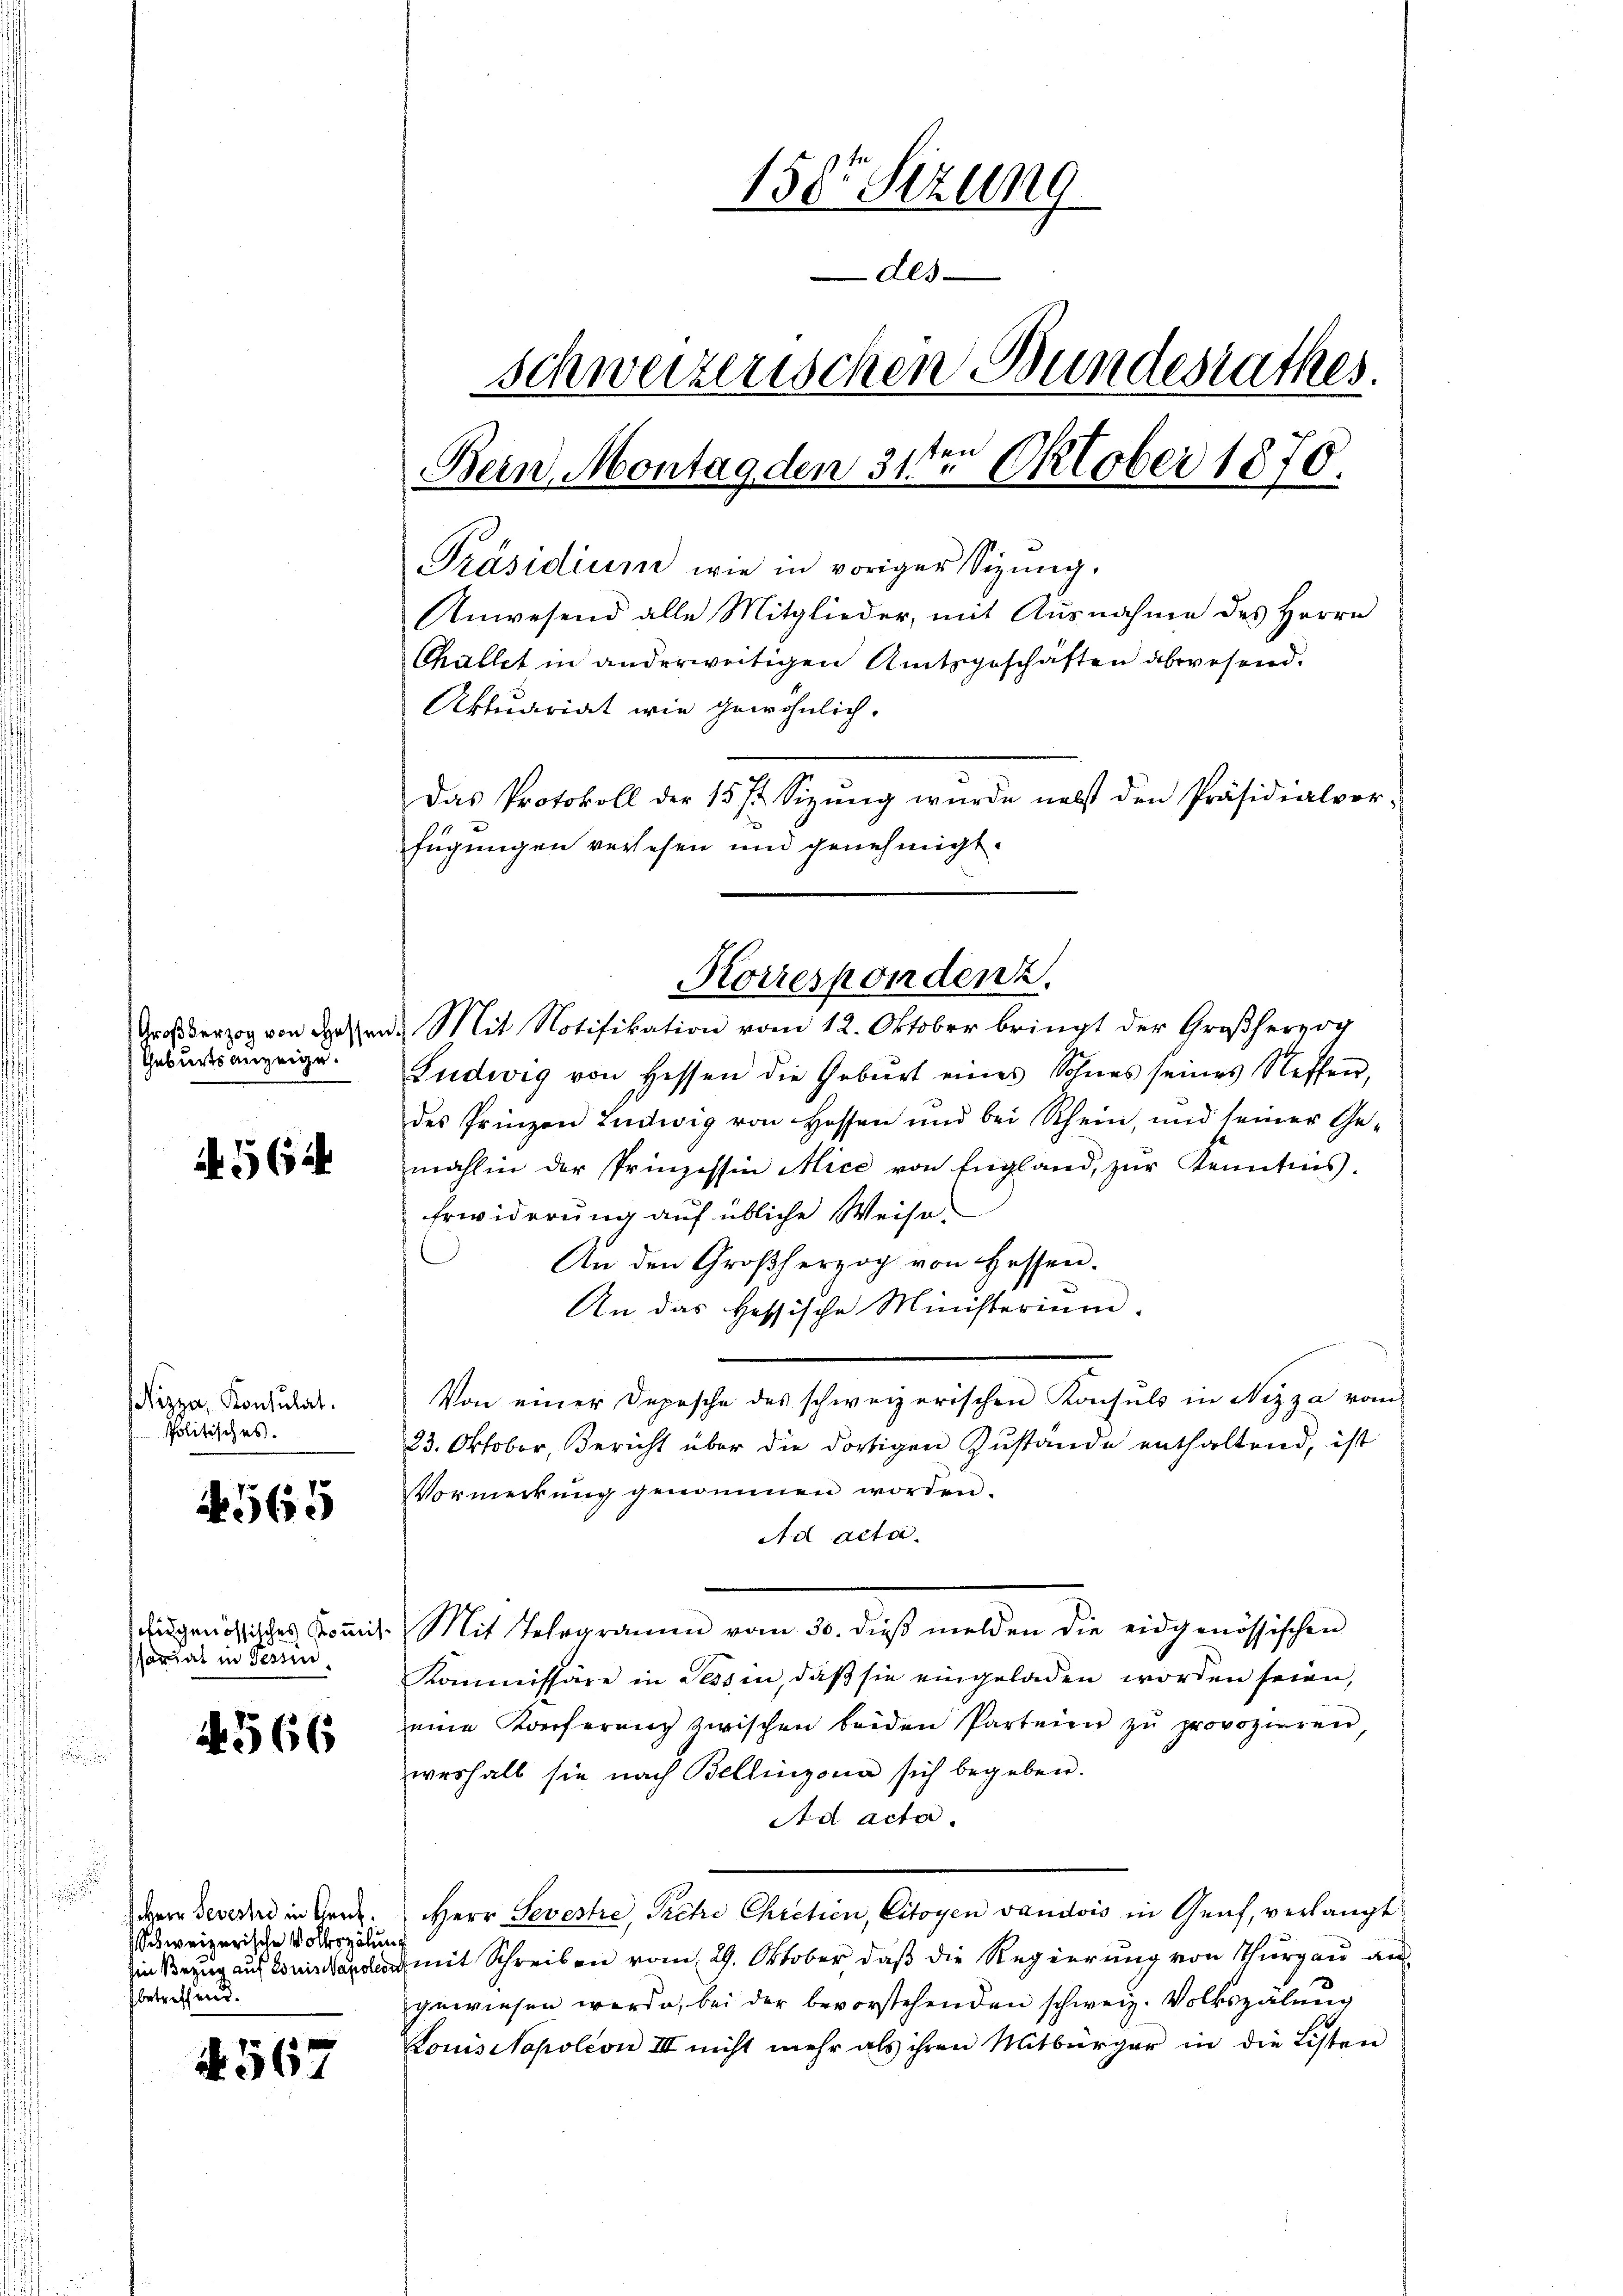
Geburtsanzeige.

A. 564

izza, Konsulat.
Politisches.

N 565

sfidgenössisches Kommisssariat in Tessin

4566

Herr Devestre in Genf.
Schweizerische Volkszählung
betreffend.

§ 567

150t Setzung
des
schweizerischen Bundesrathes.
Bein, Montag den 31te͇n Oktober 1870.
Präsidium wie in voriger Sizung.
Anwesend alle Mitglieder, mit Ausnahme des Herrn
Challet in anderweitigen Amtsgeschäften abwesend.
Aktuariat wie gewöhnlich.
Das Protokoll der 15 1/2 Sizŭng wurde nebst den Präsidialver-
fügungen verlesen und genehmigt.

Korrespondenz.
Großherzog von deßene Mit Notifikation vom 12. Oktober bringt der Großherzog

Ludwig von Hessen die Geburt eines Sohnes seines Neffen,
des Prinzen Ludwig von Hoffen und bei Schein, und seiner Ge-
mahlin der Prinzessin Alice von England, zur Kenntnis.
Erwiderung auf übliche Weise
An den Großherzog von Hessen.
An das Hessische Ministerium,
Von einer Depesche des schweizerischen Konsuls in Nizza vom
23. Oktober, Bericht über die dortigen Zustände enthaltend, ist
Vormerkŭng genommen worden.
Ad acta.
Mit Telegramen vom 30. dieβ melden die eidgenössischen
Kommissäre in Tessin, daβ sie eingeladen worden seien,
seine Konferenz zwischen beiden Parteien zu provozieren,
weshalb sie nach Bellinzona sich begeben.
Ad acta.
Herr Sevestre, Pretri Chretien, citoyen vaudois in Genf, verlangt
in Bezug auf einand mit Schreiben vom 29. Oktober, daß die Regierung von Thurgau angewiesen werde, bei der bevorstehenden schweiz. Volkszähnung
Louissapoleon III nicht mehr als ihren Mitbürger in die Listen